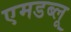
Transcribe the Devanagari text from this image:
एमडब्लू